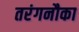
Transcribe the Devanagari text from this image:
तरंगनौका